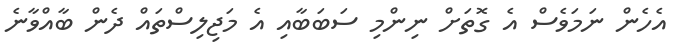
އެހެން ނަމަވެސް އެ ގޮތަށް ނިންމި ސަބަބާއި އެ މަޖިލިސްތައް ދެން ބާއްވާނެ